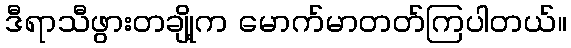
ဒီရာသီဖွားတချို့က မောက်မာတတ်ကြပါတယ်။